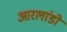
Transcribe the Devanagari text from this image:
आरलांडो